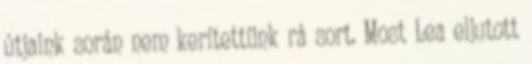
útjaink során nem kerítettünk rá sort. Most Lea eljutott